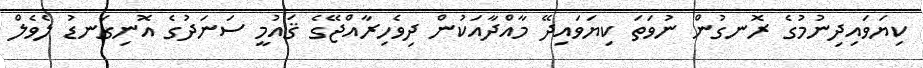
ކިޔަވައިދިނުމުގެ ރޮނގުން ނުވަތަ ކިޔަވައިދޭ މާއްދާއަކުން ދިވެހިރާއްޖޭގެ ޤައުމީ ސަނަދުގެ އޮނިގަނޑު ލެވެލް